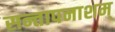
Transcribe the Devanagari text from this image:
सन्तापनाशम्